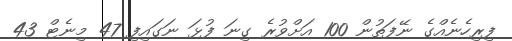
ފިރިހެނެއްގެ ނޭފަތުން 100 އަށްވުރެ ގިނަ ފުޅަ ނަގައިފި 47 މިނެޓް 43